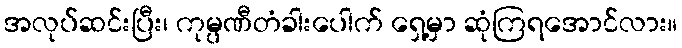
အလုပ်ဆင်းပြီး၊ ကုမ္ပဏီတံခါးပေါက် ရှေ့မှာ ဆုံကြရအောင်လား။